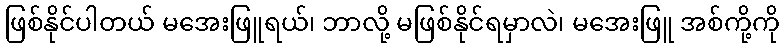
ဖြစ်နိုင်ပါတယ် မအေးဖြူရယ်၊ ဘာလို့ မဖြစ်နိုင်ရမှာလဲ၊ မအေးဖြူ အစ်ကို့ကို